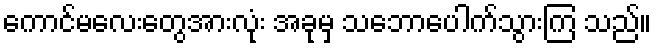
ကောင်မလေးတွေအားလုံး အခုမှ သဘောပေါက်သွားကြ သည်။